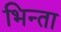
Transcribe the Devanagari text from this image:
भिन्ता